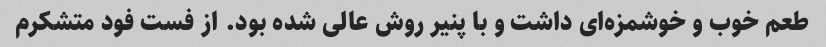
طعم خوب و خوشمزه‌ای داشت و با پنیر روش عالی شده بود. از فست فود متشکرم